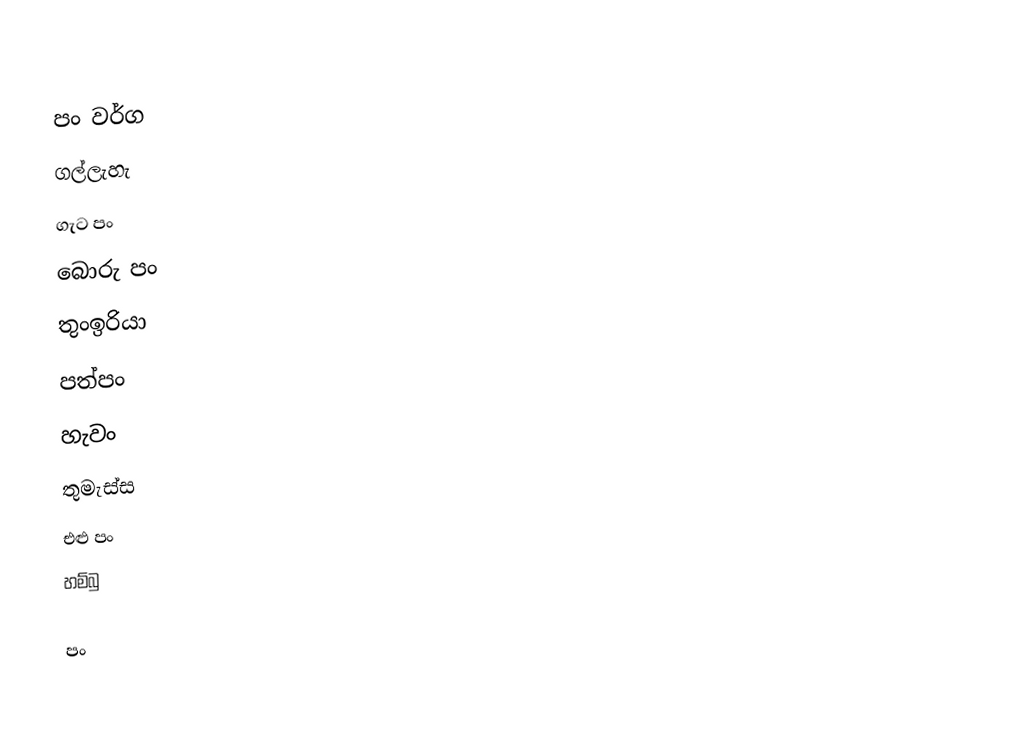

පං වර්ග
 ගල්ලැහැ
 ගැට පං
 බොරු පං
 තුංඉරියා
 පත්පං
 හැවං
 තුමැස්ස
 එළු පං
 හම්බු

පං